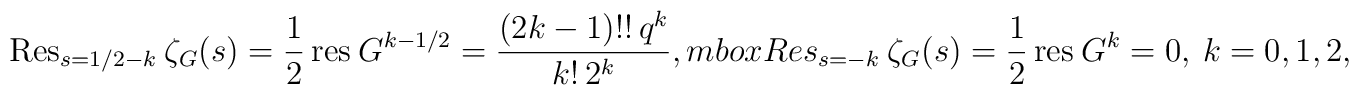
\mbox{Res}_{s=1/2-k}\ \zeta_G (s) =\frac 1 2 \, \mbox{res}\ G^{k-1/2}= \frac{ (2k-1)!! \, q^k }{ k! \, 2^k}, \\mbox{Res}_{s=-k}\ \zeta_G (s) =\frac 1 2 \, \mbox{res}\ G^{k}= 0, \ k=0,1,2, \ldots,